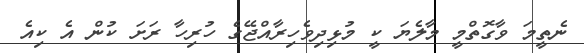
ނެތީމަ ވާގޮތްމީ މާލެޔަ ކީ މުޅިދިވެހިރާއްޖޭގެ ހުރިހާ ރަށަ ކުން އެ ކިއެ